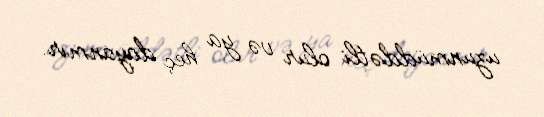
uzunmüddətli olur və ya heç dayanmır.